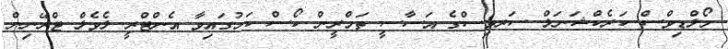
މޯލްޑިވްސް ކަރެކްޝަނަލް ސަރވިސްގެ އަސާސީ ތަމްރީން ކޯސް ކަމުގައިވާ އެންޓްރީ ލެވެލް ޓްރޭނިން